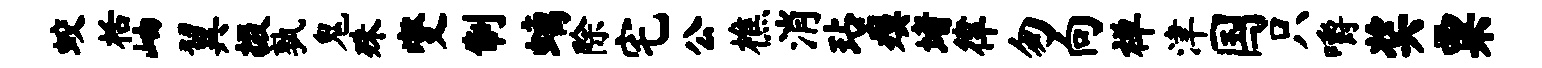
蛟栝岫翼掇孰鬼殊燮制螭除宅公樵消玷瘼堵律匆向禅津国只嚼奖粟